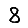
Digit: 8